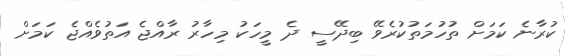
ކުރާނެ ކަމަށް ތުހުމަތުކުރެވޭ ބިދޭސީ ދެ މީހަކު މިހާރު ރާއްޖެ އަތުވެއްޖެ ކަމަށް